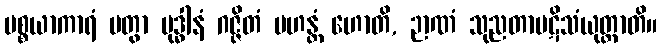
ပစ္စယာကာရံ ပတွာ ဗုဒ္ဓါနံ ဂဇ္ဇိတံ မဟန္တံ ဟောတိ, ဉာဏံ သုညတာပဋိသံယုတ္တာတိ။